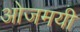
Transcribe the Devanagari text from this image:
ओजमयी